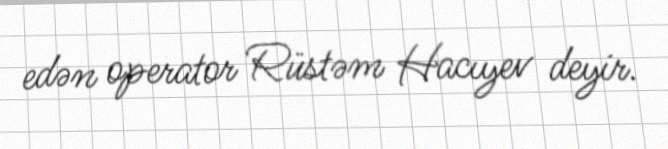
edən operator Rüstəm Hacıyev deyir.